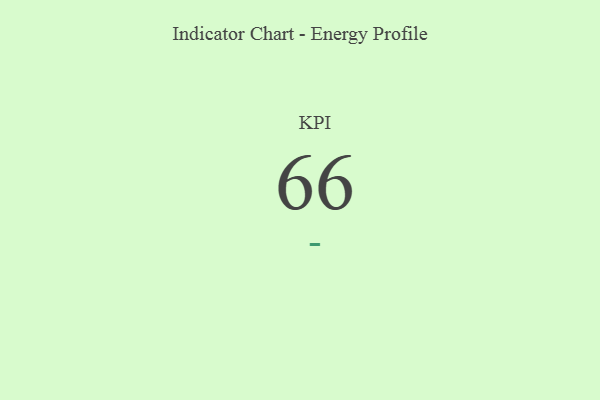
{"axis": {"x": "KPI", "y": "Value"}, "legend": [""], "data": [{"x": "KPI", "y": 66, "type": ""}]}